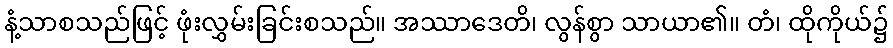
နံ့သာစသည်ဖြင့် ဖုံးလွှမ်းခြင်းစသည်။ အဿာဒေတိ၊ လွန်စွာ သာယာ၏။ တံ၊ ထိုကိုယ်၌